Jaan_Tonisson_(Lasteleht), lk 287
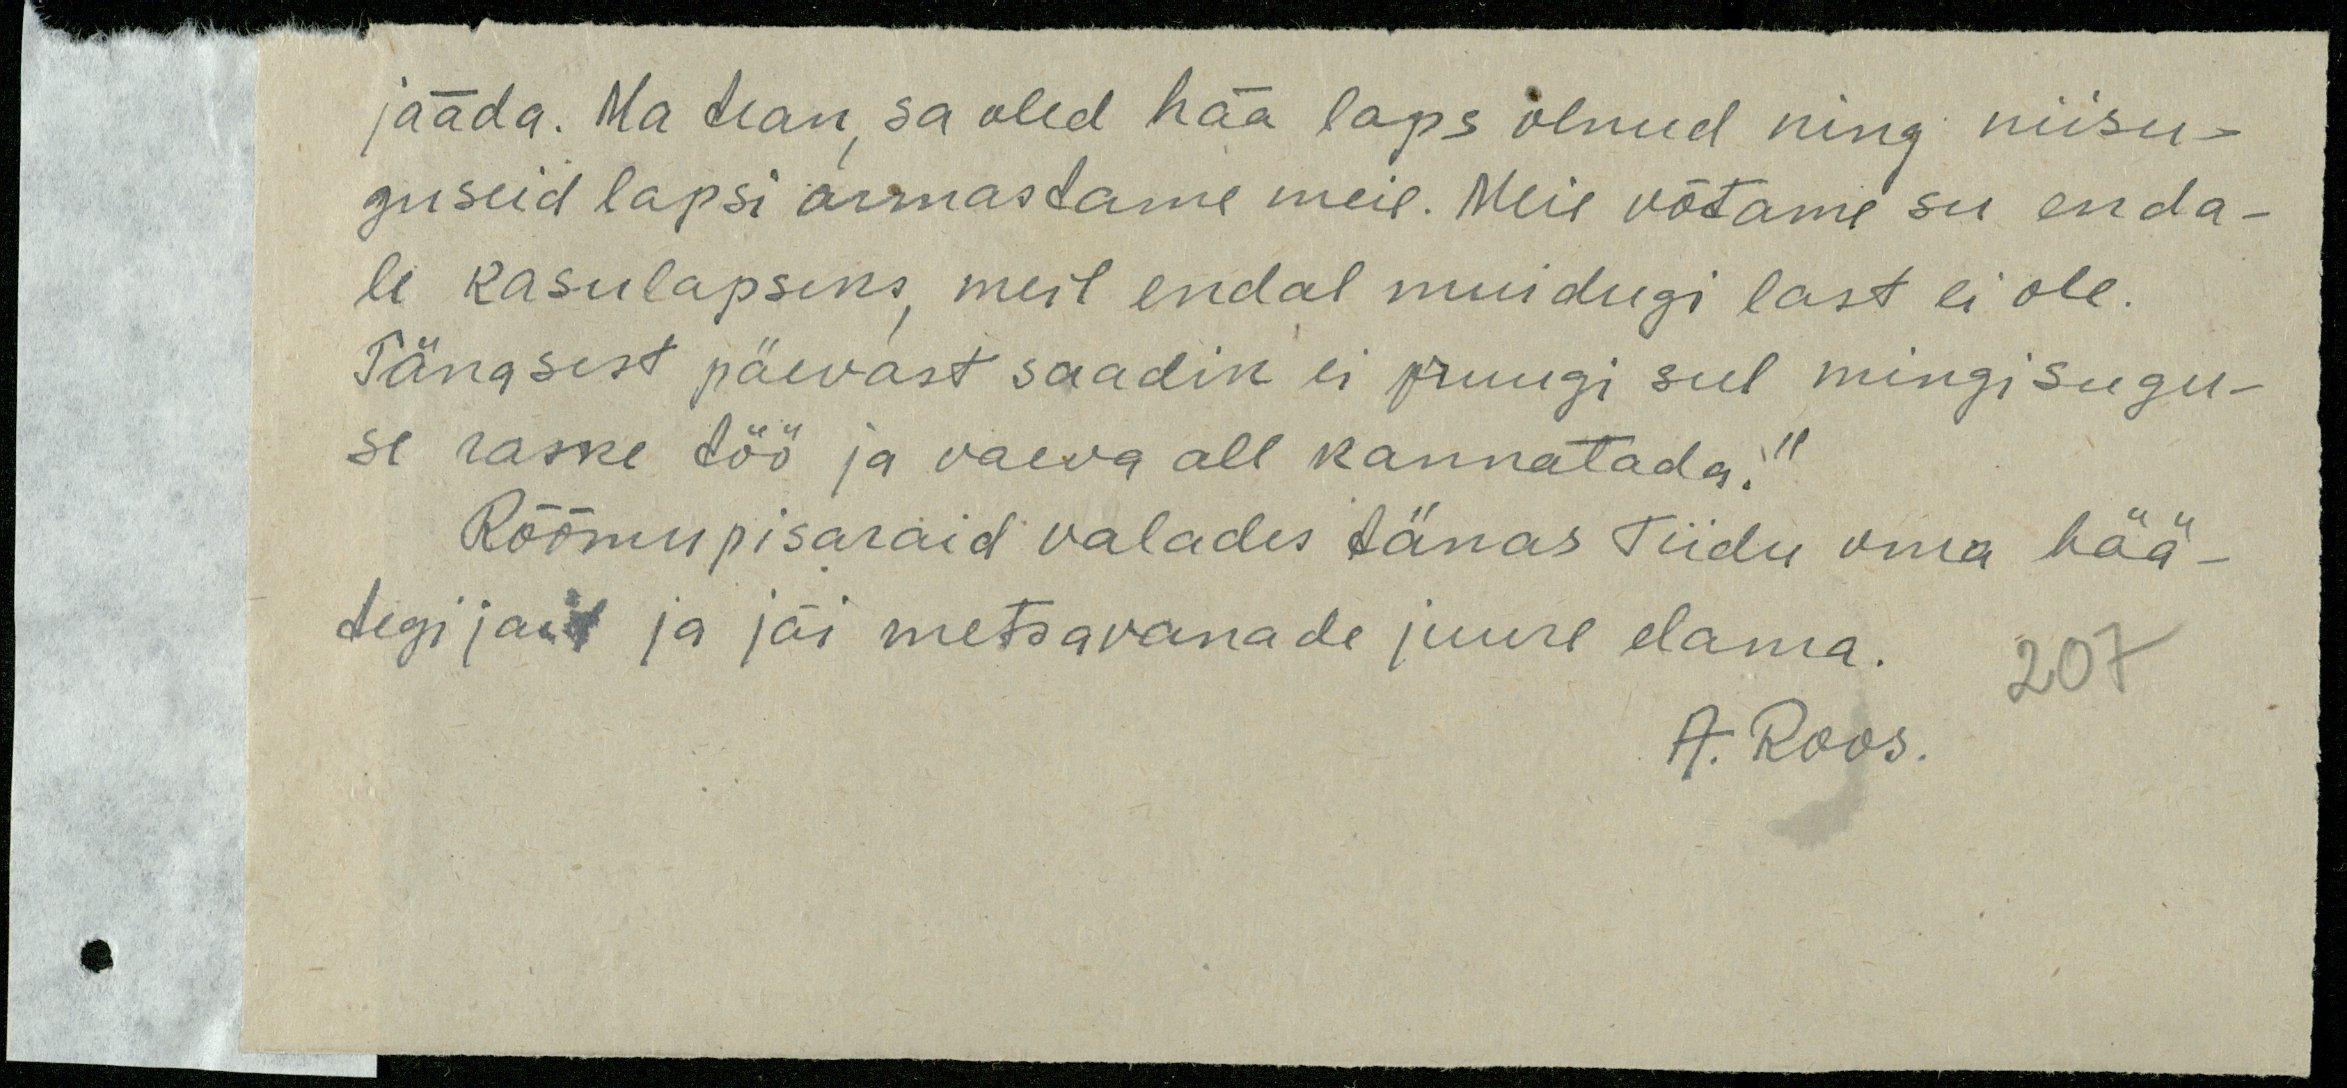
jääda. Ma tean sa oled hää laps olnud ning niisu-
guseid lapsi armastame meie. Meie võtame su enda-
le kasulapseks, meil endal muidugi last ei ole.
Tängsest päevast saadik ei pruugi sul mingisugu-
se raske töö ja vaeva all kannatada."
Rõõmupisaraid valades tänas Tiidu oma hää-
tegijaid ja jäi metsavanade juure elama.
207
A. Roos.